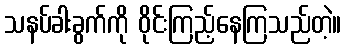
သနပ်ခါးခွက်ကို ဝိုင်းကြည့်နေကြသည်တဲ့။